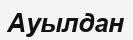
Ауылдан